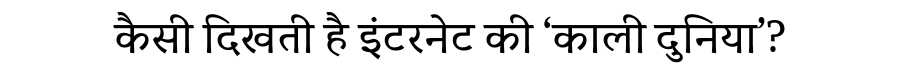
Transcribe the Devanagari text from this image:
कैसी दिखती है इंटरनेट की ‘काली दुनिया’?